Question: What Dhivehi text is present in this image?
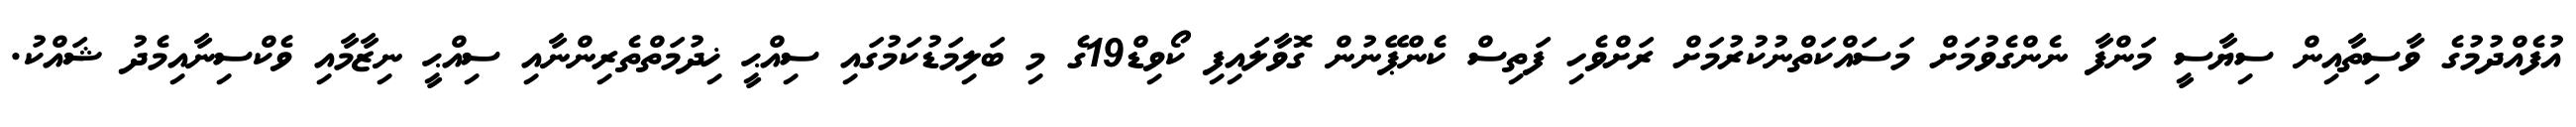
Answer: އުފެއްދުމުގެ ވާސިތާއިން ސިޔާސީ މަންފާ ނެންގެވުމަށް މަސައްކަތްނުކުރުމަށް ރަށްވެހި ފަތިސް ކެންޕޭނުން ގޮވާލައިފި ކޯވިޑް19ގެ މި ބަލިމަޑުކަމުގައި ސިއްޙީ ޚިދުމަތްތެރިންނާއި ސިއްޙީ ނިޒާމާއި ވެކްސިނާއިމެދު ޝައްކު.